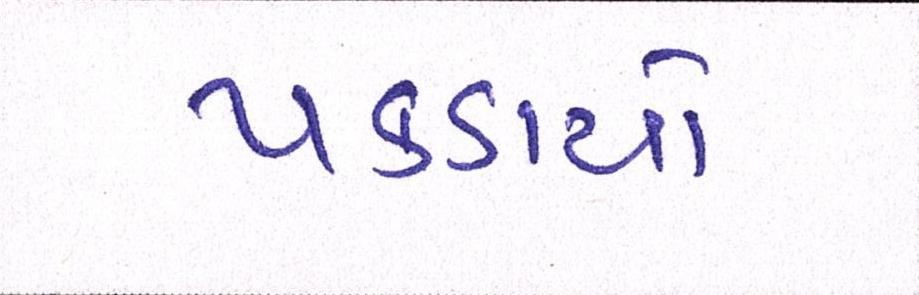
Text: પકડાયો